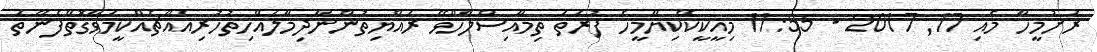
ރަށުމީހާ މެއި 17